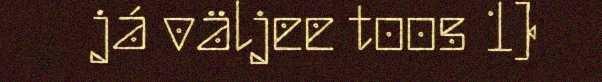
já väljee toos 1)